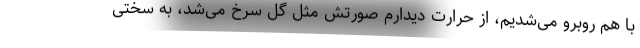
با هم روبرو می‌شدیم، از حرارت دیدارم صورتش مثل گل سرخ می‌شد، به سختی